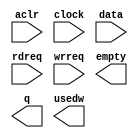
module average_fifo (
	aclr,
	clock,
	data,
	rdreq,
	wrreq,
	empty,
	q,
	usedw);

	input	  aclr;
	input	  clock;
	input	[11:0]  data;
	input	  rdreq;
	input	  wrreq;
	output	  empty;
	output	[11:0]  q;
	output	[9:0]  usedw;

endmodule